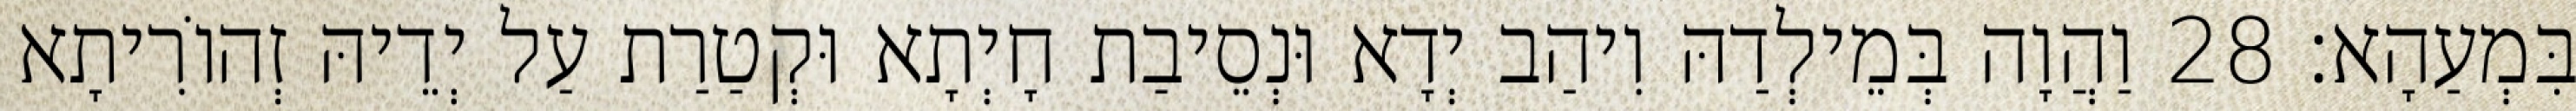
בִּמְעַהָא׃ 28 וַהֲוָה בְּמֵילְדַהּ וִיהַב יְדָא וּנְסֵיבַת חָיְתָא וּקְטַרַת עַל יְדֵיהּ זְהוֹרִיתָא